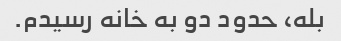
بله، حدود دو به خانه رسیدم.